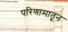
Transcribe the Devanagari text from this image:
परिणामातून